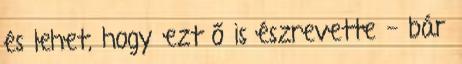
és lehet, hogy ezt ő is észrevette - bár